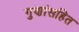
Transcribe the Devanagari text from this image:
गुणांसहित